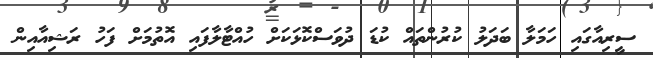
ސީރިއާގައި ހަމަލާ ބަދަލު ކުރުންތައް ކުޑަ ދުވަސްކޮޅަކަށް ހުއްޓާލާފައި އޮތުމަށް ފަހު ރަޝިއާއިން